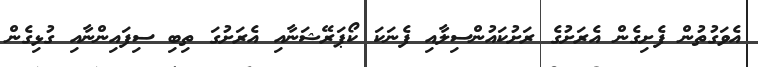
އެވަގުތުން ފެށިގެން އެރަށުގެ ރަށުކައުންސިލާއި ފެނަކަ ކޯޕަރޭޝަނާއި އެރަށުގަ ތިބި ސިފައިންނާއި ގުޅިގެން